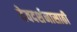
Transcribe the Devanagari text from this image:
देवदर्शनासाठी